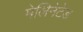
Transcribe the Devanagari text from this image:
मेलिनेटेड